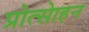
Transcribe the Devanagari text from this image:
प्रोत्साेहन